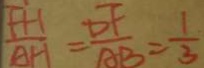
\frac { F H } { A H } = \frac { D F } { A B } = \frac { 1 } { 3 }